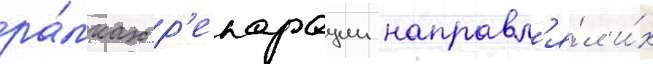
ра́мках р'епарации направл'я́л и́х